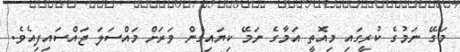
މަގޭ ނަމުގެ ކުރީގައި މިއޮތީ އަމާގެ ނަމޭ ކިޔައިގެން ވަރަށް މައްސަލަ ޖައްސައިފިއެވެ.